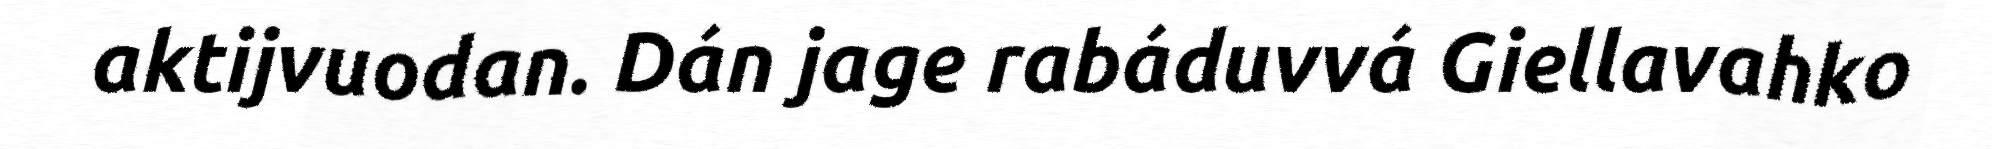
aktijvuodan. Dán jage rabáduvvá Giellavahko